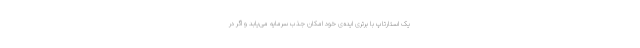
یک استارتاپ‌ با برتری ایده‌ی خود امکان جذب سرمایه می‌یابد و اگر در